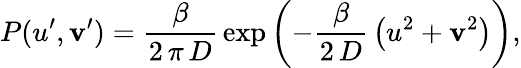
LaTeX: P(u^{\prime},\mathbf{v}^{\prime})=\frac{{\beta}}{{2\, \pi\, D}}\, \exp{\left(-\frac{{\beta}}{{2\, D}}\, \left(u^{2}+\mathbf{v}^{2}\right)\right)},